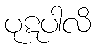
ပုဋပါလိ